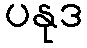
ပနုဒ